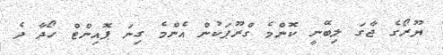
ޔޫރޯގެ ޖާގަ ލިބޭނީ ކޮންމެ ގްރޫޕަކުން އެންމެ ގިނަ ޕޮއިންޓް ހޯދާ ދެ